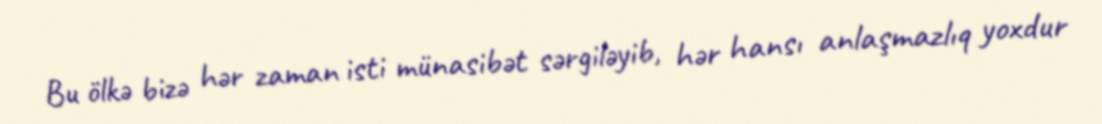
Bu ölkə bizə hər zaman isti münasibət sərgiləyib, hər hansı anlaşmazlıq yoxdur